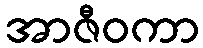
အာဇီဝကာ